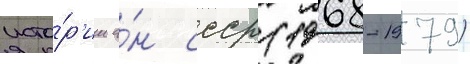
исто́р'ии а́н ссср (1968-1979)